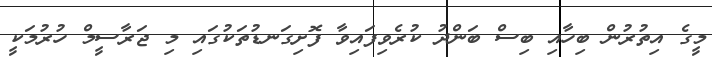
މީގެ އިތުރުން ބިހާއި ބިސް ބަންދު ކުރެވިފައިވާ ފޮށިގަނޑުތަކުގައި މި ޖަރާސީމް ހުރުމަކީ